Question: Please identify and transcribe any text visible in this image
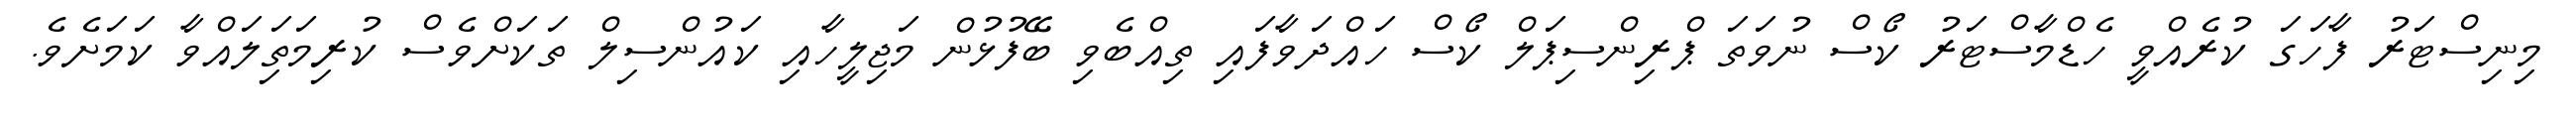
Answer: މިނިސްޓަރު ފާހަގަ ކުރެއްވީ ހެޑްމާސްޓަރު ކޯސް ނުވަތަ ޕްރިންސިޕަލް ކޯސް ހައްދަވާފައި ތިއްބެވި ބޭފުޅުން މަޖިލީހާއި ކައުންސިލް ތަކަށްވެސް ކުރިމަތަިލައްވާ ކަމަށެވެ.